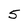
Character: 5